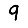
Digit: 9